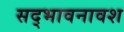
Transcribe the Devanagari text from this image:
सद्भावनावश